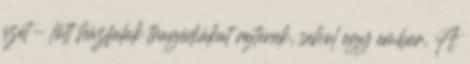
szét- lőtt házfalak tragédiákat rejtenek, sehol egy ember, A